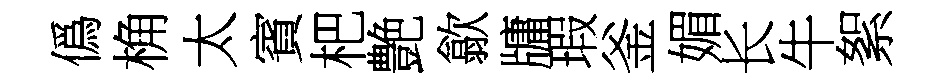
僞桷太賓杷艶歙牗瑕釜媚长牛絮